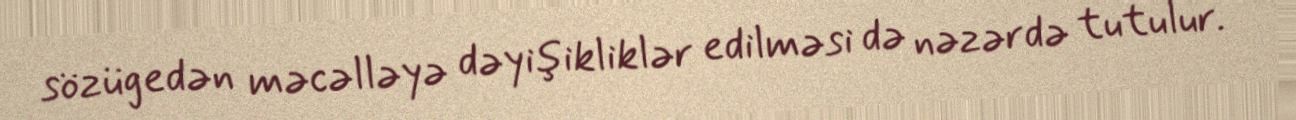
sözügedən məcəlləyə dəyişikliklər edilməsi də nəzərdə tutulur.